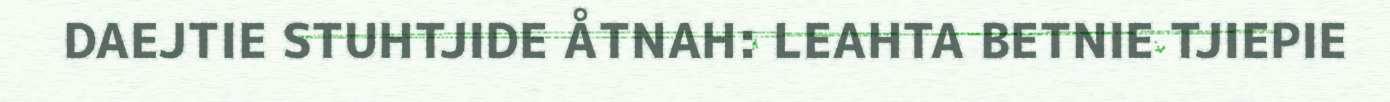
DAEJTIE STUHTJIDE ÅTNAH: LEAHTA BETNIE TJIEPIE